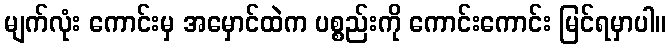
မျက်လုံး ကောင်းမှ အမှောင်ထဲက ပစ္စည်းကို ကောင်းကောင်း မြင်ရမှာပါ။